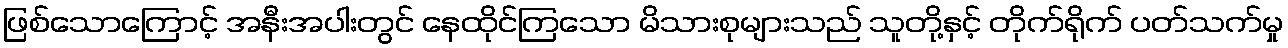
ဖြစ်သောကြောင့် အနီးအပါးတွင် နေထိုင်ကြသော မိသားစုများသည် သူတို့နှင့် တိုက်ရိုက် ပတ်သက်မှု